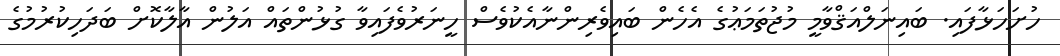
ހުށަހަޅާފައި. ބައިނަލްއަޤްވާމީ މުޖުތަމަޢުގެ އެހެން ބައިވެރިންނާއެކުވެސް ހީނަރުވެފައިވާ ގުޅުންތައް އަލުން އާލާކޮށް ބަދަހިކުރުމުގެ